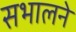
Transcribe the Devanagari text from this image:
सभालने